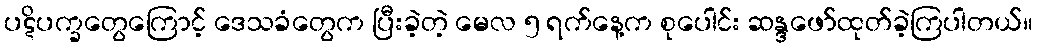
ပဋိပက္ခတွေကြောင့် ဒေသခံတွေက ပြီးခဲ့တဲ့ မေလ ၅ ရက်နေ့က စုပေါင်း ဆန္ဒဖော်ထုတ်ခဲ့ကြပါတယ်။